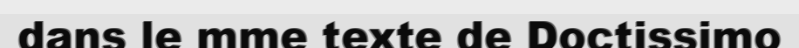
dans le mme texte de Doctissimo